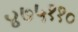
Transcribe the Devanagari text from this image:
४७५११०